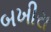
બખીરા